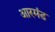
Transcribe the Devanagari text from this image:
आरमंड